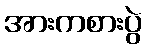
အားကစားပွဲ